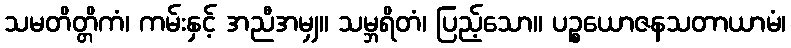
သမတိတ္တိကံ၊ ကမ်းနှင့် အညီအမျှ။ သမ္ဘရိတံ၊ ပြည့်သော။ ပဉ္စယောဇနသတာယာမံ၊